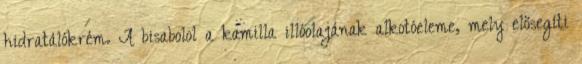
hidratálókrém. A bisabolol a kamilla illóolajának alkotóeleme, mely elősegíti